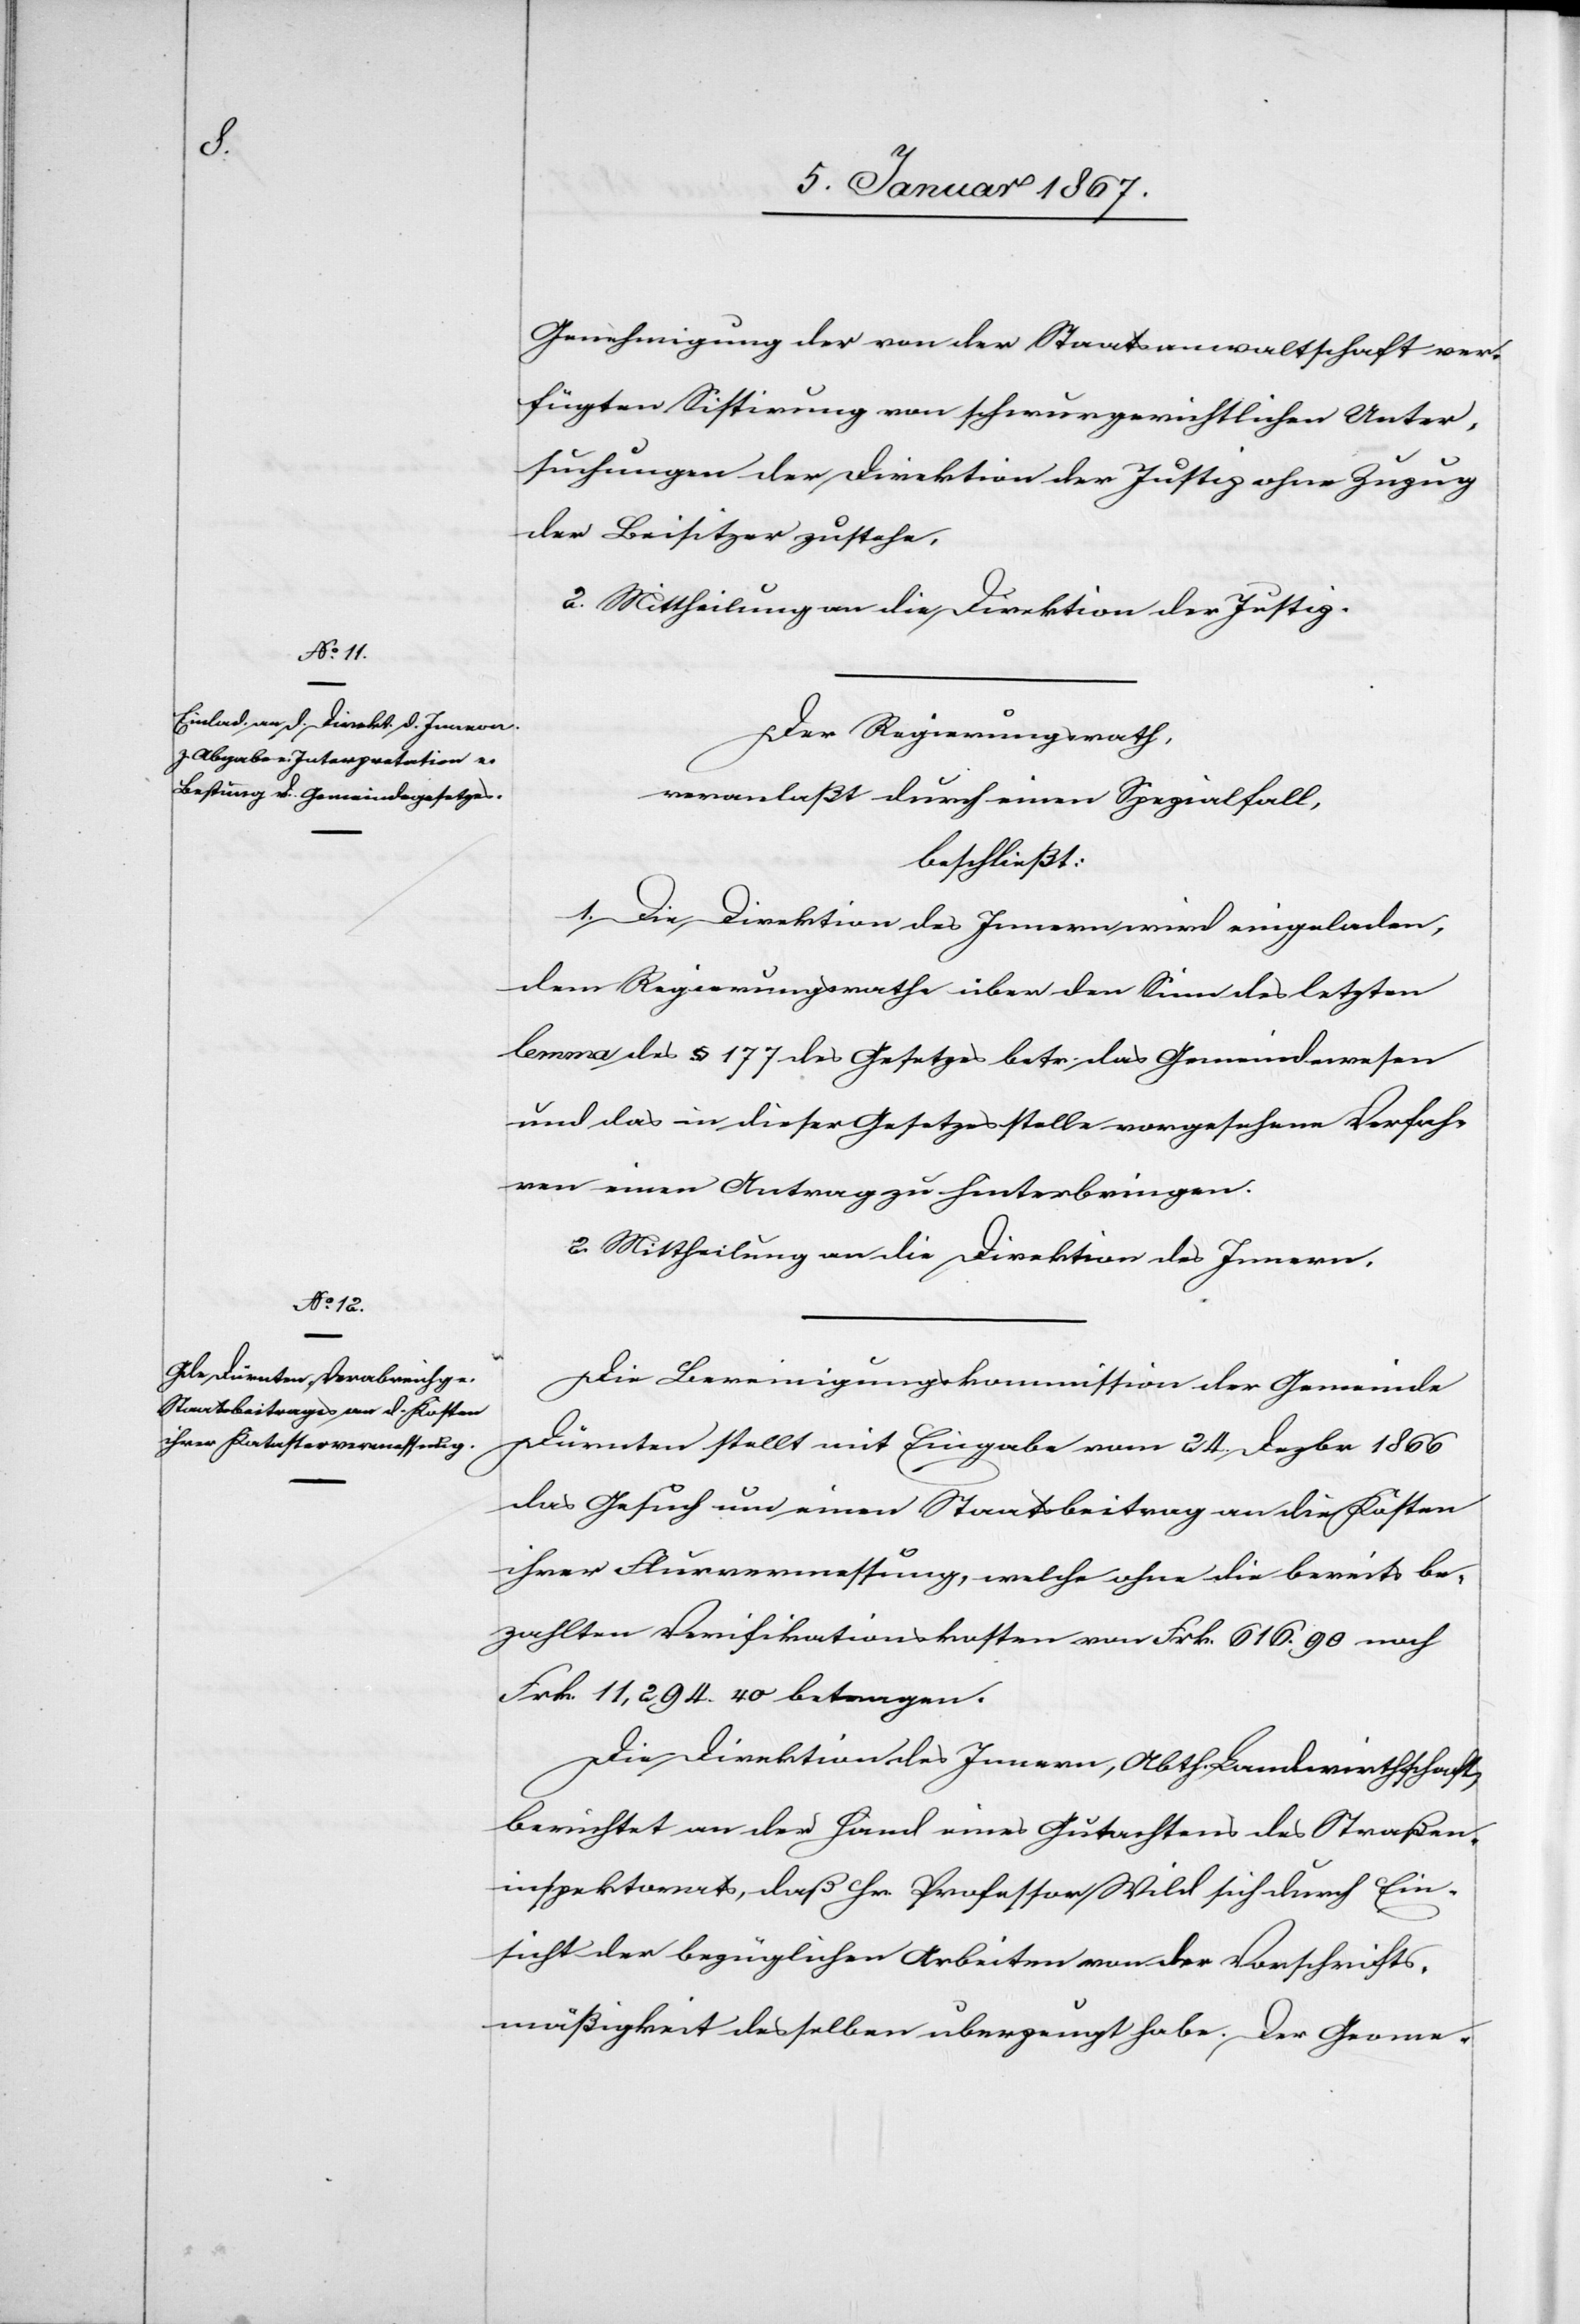
Genehmigung der von der Staatsanwaltschaft ver¬
fügten Sistierung von schwurgerichtlichen Unter¬
suchungen der Direktion der Justiz ohne Zuzug
der Besitzer zustehe,
2. Mittheilung an die Direktion der Justiz.
Der Regierungsrath,
veranlaßt durch einen Spezialfall,
beschließt:
1. Die Direktion des Innern wird eingeladen,
dem Regierungsrathe über den Sinn des letzten
lemma des § 177 des Gesetzes betr. das Gemeindewesen
und das in dieser Gesetzesstelle vorgesehene Verfah¬
ren einen Antrag zu hinterbringen.
2. Mittheilung an die Direktion des Innern.
Die Bereinigungskommission der Gemeinde
Dürnten stellt mit Eingabe vom 24. Dezbr 1866
das Gesuch um einen Staatsbeitrag an die Kosten
ihrer Flurvermessung, welche ohne die bereits be¬
zahlten Verifikationskosten von Frk. 616.90 noch
Frk 11,294.40 betragen.
Die Direktion des Innern, Abth. Landwirtschaft
berichtet an der Hand eines Gutachtens des Straßen¬
inspektorats, daß Hr. Professor Wild sich durch Ein¬
sicht der bezüglichen Arbeiten von der Vorschrifts¬
mäßigkeit desselben überzeugt habe. Der Geome-